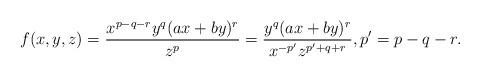
LaTeX: \begin{align*}f(x,y,z)=\dfrac{x^{p-q-r}y^q(ax+by)^r}{z^{p}}=\dfrac{y^q(ax+by)^r}{x^{-p'}z^{p'+q+r}},p'=p-q-r.\end{align*}